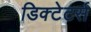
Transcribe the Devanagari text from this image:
डिक्टेटर्स